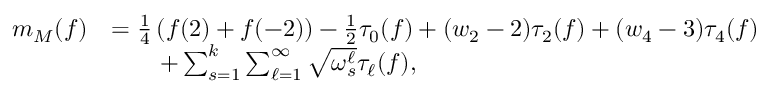
\begin{array} { r l } { m _ { M } ( f ) } & { = \frac { 1 } { 4 } \left( f ( 2 ) + f ( - 2 ) \right) - \frac { 1 } { 2 } \tau _ { 0 } ( f ) + ( w _ { 2 } - 2 ) \tau _ { 2 } ( f ) + ( w _ { 4 } - 3 ) \tau _ { 4 } ( f ) } \\ & { \qquad + \sum _ { s = 1 } ^ { k } \sum _ { \ell = 1 } ^ { \infty } \sqrt { \omega _ { s } ^ { \ell } } \tau _ { \ell } ( f ) , } \end{array}